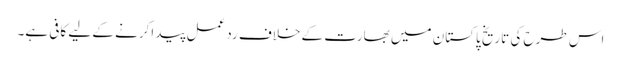
اس طرح کی تاریخ پاکستان میں بھارت کے خلاف ردعمل پید اکرنے کے لیے کافی ہے۔